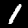
Digit: 1